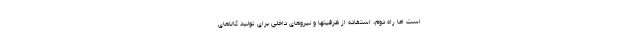
است اما راه دوم، استفاده از ظرفیتها و نیروهای داخلی برای تولید کالاهای